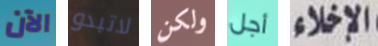
الآن لاتبدو ولكن أجل الإخلاء